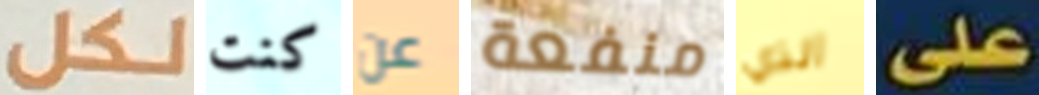
لكل كنت عن منفعة الذي على